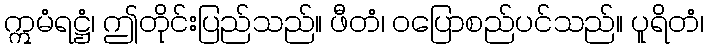
ဣမံရဋ္ဌံ၊ ဤတိုင်းပြည်သည်။ ဖီတံ၊ ဝပြောစည်ပင်သည်။ ပူရိတံ၊